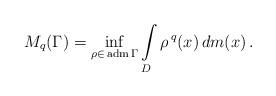
LaTeX: \begin{align*} M_q(\Gamma)=\inf\limits_{\rho \in \,{\rm adm}\,\Gamma}\int\limits_D \rho^{\,q} (x)\, dm(x)\,.\end{align*}